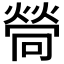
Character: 𤍔